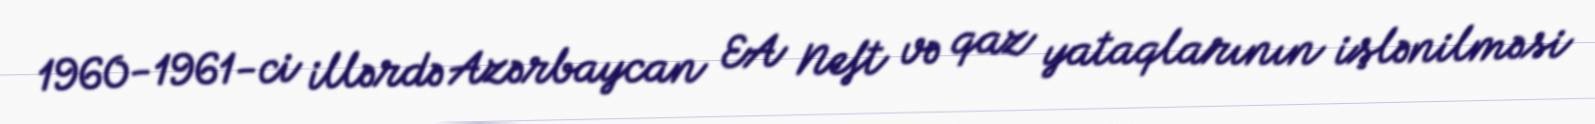
1960-1961-ci illərdə Azərbaycan EA Neft və qaz yataqlarının işlənilməsi